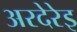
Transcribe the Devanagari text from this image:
अरदेरेइ